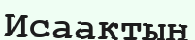
Исаактың